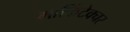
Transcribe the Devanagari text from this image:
मार्किटेक्चर